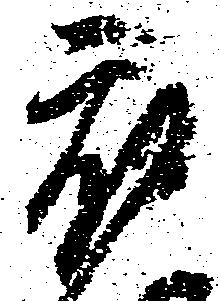
被